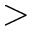
>